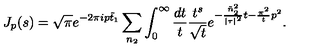
J _ { p } ( s ) = \sqrt { \pi } e ^ { - 2 \pi i p \tilde { t } _ { 1 } } \sum _ { n _ { 2 } } \int _ { 0 } ^ { \infty } \frac { d t } { t } \frac { t ^ { s } } { \sqrt { t } } e ^ { - \frac { \tilde { n } _ { 2 } ^ { 2 } } { | \tau | ^ { 2 } } t - \frac { \pi ^ { 2 } } { t } p ^ { 2 } } .